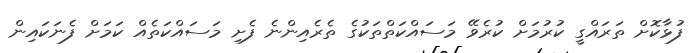
ފުޅާކޮށް ތަރައްގީ ކުރުމަށް ކުރެވޭ މަސައްކަތްތަކުގެ ތެރެއިންނެ ފެށި މަސައްކަތެއް ކަމަށް ފެނަކައިން